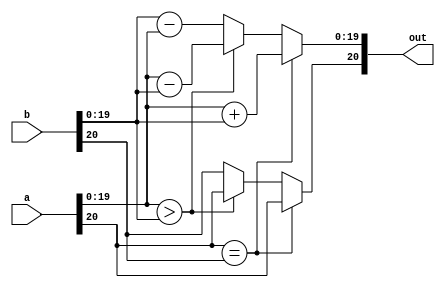
`timescale 1ns / 1ps
//////////////////////////////////////////////////////////////////////////////////
// Company: 
// Engineer: 
// 
// Design Name: 
// Module Name:    Adder16 
// Project Name: 
// Target Devices: 
// Tool versions: 
// Description: 
//
// Dependencies: 
//
// Revision: 
// Revision 0.01 - File Created
// Additional Comments: 
//
//////////////////////////////////////////////////////////////////////////////////
module Adder16 ( input [20:0]a, input [20:0] b, output reg [20:0]out);
	always @(a, b, out) begin
		if (a[20] == b[20]) begin
			out[19:0] = a[19:0] + b[19:0];
			out[20] = a[20];
		end
		else begin
			if (a[19:0] > b[19:0]) begin
				out[19:0] = a[19:0] - b[19:0];
				out[20] = a[20];
			end
			else begin
				out[19:0] = b[19:0] - a[19:0];
				out[20] = b[20];
			end
		end
	end
endmodule